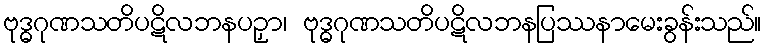
ဗုဒ္ဓဂုဏသတိပဋိလဘနပဉှာ၊ ဗုဒ္ဓဂုဏသတိပဋိလဘနပြဿနာမေးခွန်းသည်။